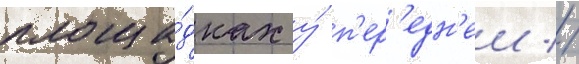
площа́дках у́ п'ер'едн'еи //